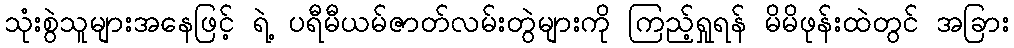
သုံးစွဲသူများအနေဖြင့် ရဲ့ ပရီမီယမ်ဇာတ်လမ်းတွဲများကို ကြည့်ရှုရန် မိမိဖုန်းထဲတွင် အခြား